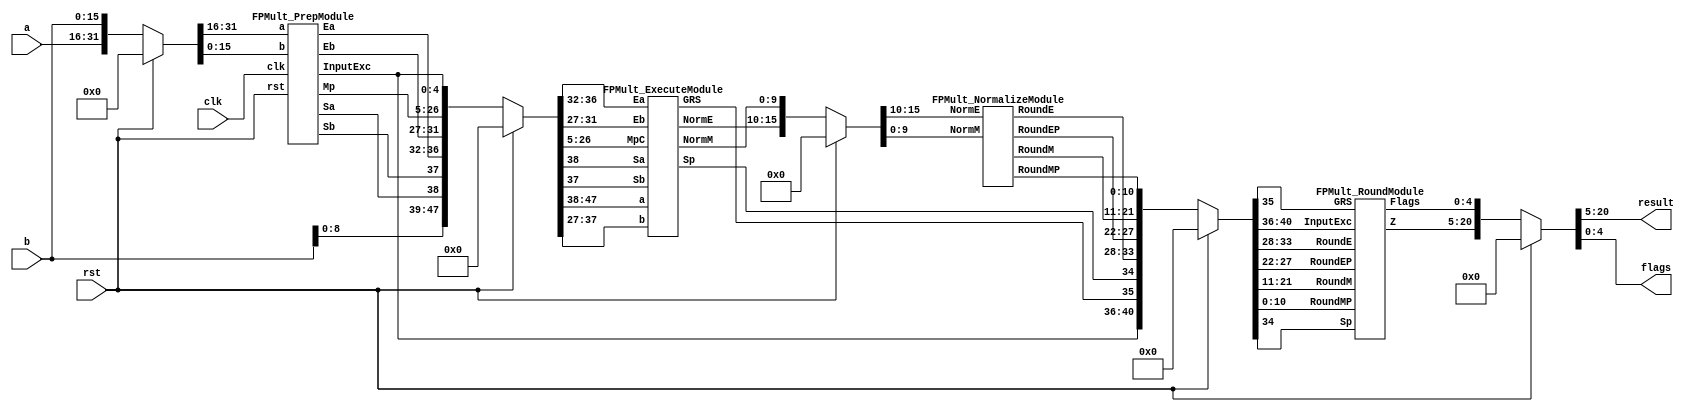
`define EXPONENT 5
`define MANTISSA 10
`define ACTUAL_MANTISSA 11
`define EXPONENT_LSB 10
`define EXPONENT_MSB 14
`define MANTISSA_LSB 0
`define MANTISSA_MSB 9
`define MANTISSA_MUL_SPLIT_LSB 3
`define MANTISSA_MUL_SPLIT_MSB 9
`define SIGN 1
`define SIGN_LOC 15
`define DWIDTH (`SIGN+`EXPONENT+`MANTISSA)
`define IEEE_COMPLIANCE 1

module FPMult_16(
		clk,
		rst,
		a,
		b,
		result,
		flags
    );
	
	// Input Ports
	input clk ;							// Clock
	input rst ;							// Reset signal
	input [`DWIDTH-1:0] a;					// Input A, a 32-bit floating point number
	input [`DWIDTH-1:0] b;					// Input B, a 32-bit floating point number
	
	// Output ports
	output [`DWIDTH-1:0] result ;					// Product, result of the operation, 32-bit FP number
	output [4:0] flags ;				// Flags indicating exceptions according to IEEE754
	
	// Internal signals
	wire [31:0] Z_int ;				// Product, result of the operation, 32-bit FP number
	wire [4:0] Flags_int ;			// Flags indicating exceptions according to IEEE754
	
	wire Sa ;							// A's sign
	wire Sb ;							// B's sign
	wire Sp ;							// Product sign
	wire [`EXPONENT-1:0] Ea ;					// A's exponent
	wire [`EXPONENT-1:0] Eb ;					// B's exponent
	wire [2*`MANTISSA+1:0] Mp ;					// Product mantissa
	wire [4:0] InputExc ;			// Exceptions in inputs
	wire [`MANTISSA-1:0] NormM ;				// Normalized mantissa
	wire [`EXPONENT:0] NormE ;				// Normalized exponent
	wire [`MANTISSA:0] RoundM ;				// Normalized mantissa
	wire [`EXPONENT:0] RoundE ;				// Normalized exponent
	wire [`MANTISSA:0] RoundMP ;				// Normalized mantissa
	wire [`EXPONENT:0] RoundEP ;				// Normalized exponent
	wire GRS ;

	//reg [63:0] pipe_0;			// Pipeline register Input->Prep
	reg [2*`DWIDTH-1:0] pipe_0;			// Pipeline register Input->Prep

	//reg [92:0] pipe_1;			// Pipeline register Prep->Execute
	reg [3*`MANTISSA+2*`EXPONENT+7:0] pipe_1;			// Pipeline register Prep->Execute

	//reg [38:0] pipe_2;			// Pipeline register Execute->Normalize
	reg [`MANTISSA+`EXPONENT+7:0] pipe_2;			// Pipeline register Execute->Normalize
	
	//reg [72:0] pipe_3;			// Pipeline register Normalize->Round
	reg [2*`MANTISSA+2*`EXPONENT+10:0] pipe_3;			// Pipeline register Normalize->Round

	//reg [36:0] pipe_4;			// Pipeline register Round->Output
	reg [`DWIDTH+4:0] pipe_4;			// Pipeline register Round->Output
	
	assign result = pipe_4[`DWIDTH+4:5] ;
	assign flags = pipe_4[4:0] ;
	
	// Prepare the operands for alignment and check for exceptions
	FPMult_PrepModule PrepModule(clk, rst, pipe_0[2*`DWIDTH-1:`DWIDTH], pipe_0[`DWIDTH-1:0], Sa, Sb, Ea[`EXPONENT-1:0], Eb[`EXPONENT-1:0], Mp[2*`MANTISSA+1:0], InputExc[4:0]) ;

	// Perform (unsigned) mantissa multiplication
	FPMult_ExecuteModule ExecuteModule(pipe_1[3*`MANTISSA+`EXPONENT*2+7:2*`MANTISSA+2*`EXPONENT+8], pipe_1[2*`MANTISSA+2*`EXPONENT+7:2*`MANTISSA+7], pipe_1[2*`MANTISSA+6:5], pipe_1[2*`MANTISSA+2*`EXPONENT+6:2*`MANTISSA+`EXPONENT+7], pipe_1[2*`MANTISSA+`EXPONENT+6:2*`MANTISSA+7], pipe_1[2*`MANTISSA+2*`EXPONENT+8], pipe_1[2*`MANTISSA+2*`EXPONENT+7], Sp, NormE[`EXPONENT:0], NormM[`MANTISSA-1:0], GRS) ;

	// Round result and if necessary, perform a second (post-rounding) normalization step
	FPMult_NormalizeModule NormalizeModule(pipe_2[`MANTISSA-1:0], pipe_2[`MANTISSA+`EXPONENT:`MANTISSA], RoundE[`EXPONENT:0], RoundEP[`EXPONENT:0], RoundM[`MANTISSA:0], RoundMP[`MANTISSA:0]) ;		

	// Round result and if necessary, perform a second (post-rounding) normalization step
	//FPMult_RoundModule RoundModule(pipe_3[47:24], pipe_3[23:0], pipe_3[65:57], pipe_3[56:48], pipe_3[66], pipe_3[67], pipe_3[72:68], Z_int[31:0], Flags_int[4:0]) ;		
	FPMult_RoundModule RoundModule(pipe_3[2*`MANTISSA+1:`MANTISSA+1], pipe_3[`MANTISSA:0], pipe_3[2*`MANTISSA+2*`EXPONENT+3:2*`MANTISSA+`EXPONENT+3], pipe_3[2*`MANTISSA+`EXPONENT+2:2*`MANTISSA+2], pipe_3[2*`MANTISSA+2*`EXPONENT+4], pipe_3[2*`MANTISSA+2*`EXPONENT+5], pipe_3[2*`MANTISSA+2*`EXPONENT+10:2*`MANTISSA+2*`EXPONENT+6], Z_int[`DWIDTH-1:0], Flags_int[4:0]) ;		

	always @ (*) begin	
		if(rst) begin
			pipe_0 = 0;
			pipe_1 = 0;
			pipe_2 = 0; 
			pipe_3 = 0;
			pipe_4 = 0;
		end 
		else begin		
			/* PIPE 0
				[63:32] A
				[31:0] B
			*/
      pipe_0 = {a, b} ;

			/* PIPE 1
				[70] Sa
				[69] Sb
				[68:61] Ea
				[60:53] Eb
				[52:5] Mp
				[4:0] InputExc
			*/
			//pipe_1 <= {pipe_0[`DWIDTH+`MANTISSA-1:`DWIDTH], pipe_0[`MANTISSA_MUL_SPLIT_LSB-1:0], Sa, Sb, Ea[`EXPONENT-1:0], Eb[`EXPONENT-1:0], Mp[2*`MANTISSA-1:0], InputExc[4:0]} ;
			pipe_1 = {pipe_0[`DWIDTH+`MANTISSA-1:`DWIDTH], pipe_0[8:0], Sa, Sb, Ea[`EXPONENT-1:0], Eb[`EXPONENT-1:0], Mp[2*`MANTISSA+1:0], InputExc[4:0]} ;
			/* PIPE 2
				[38:34] InputExc
				[33] GRS
				[32] Sp
				[31:23] NormE
				[22:0] NormM
			*/
			pipe_2 = {pipe_1[4:0], GRS, Sp, NormE[`EXPONENT:0], NormM[`MANTISSA-1:0]} ;
			/* PIPE 3
				[72:68] InputExc
				[67] GRS
				[66] Sp	
				[65:57] RoundE
				[56:48] RoundEP
				[47:24] RoundM
				[23:0] RoundMP
			*/
			pipe_3 = {pipe_2[`EXPONENT+`MANTISSA+7:`EXPONENT+`MANTISSA+1], RoundE[`EXPONENT:0], RoundEP[`EXPONENT:0], RoundM[`MANTISSA:0], RoundMP[`MANTISSA:0]} ;
			/* PIPE 4
				[36:5] Z
				[4:0] Flags
			*/				
			pipe_4 = {Z_int[`DWIDTH-1:0], Flags_int[4:0]} ;
		end
	end
		
endmodule
module FPMult_RoundModule(
		RoundM,
		RoundMP,
		RoundE,
		RoundEP,
		Sp,
		GRS,
		InputExc,
		Z,
		Flags
    );

	// Input Ports
	input [`MANTISSA:0] RoundM ;									// Normalized mantissa
	input [`MANTISSA:0] RoundMP ;									// Normalized exponent
	input [`EXPONENT:0] RoundE ;									// Normalized mantissa + 1
	input [`EXPONENT:0] RoundEP ;									// Normalized exponent + 1
	input Sp ;												// Product sign
	input GRS ;
	input [4:0] InputExc ;
	
	// Output Ports
	output [`DWIDTH-1:0] Z ;										// Final product
	output [4:0] Flags ;
	
	// Internal Signals
	wire [`EXPONENT:0] FinalE ;									// Rounded exponent
	wire [`MANTISSA:0] FinalM;
	wire [`MANTISSA:0] PreShiftM;
	
	assign PreShiftM = GRS ? RoundMP : RoundM ;	// Round up if R and (G or S)
	
	// Post rounding normalization (potential one bit shift> use shifted mantissa if there is overflow)
	assign FinalM = (PreShiftM[`MANTISSA] ? {1'b0, PreShiftM[`MANTISSA:1]} : PreShiftM[`MANTISSA:0]) ;
	
	assign FinalE = (PreShiftM[`MANTISSA] ? RoundEP : RoundE) ; // Increment exponent if a shift was done
	
	assign Z = {Sp, FinalE[`EXPONENT-1:0], FinalM[`MANTISSA-1:0]} ;   // Putting the pieces together
	assign Flags = InputExc[4:0];

endmodule
module FPMult_NormalizeModule(
		NormM,
		NormE,
		RoundE,
		RoundEP,
		RoundM,
		RoundMP
    );

	// Input Ports
	input [`MANTISSA-1:0] NormM ;									// Normalized mantissa
	input [`EXPONENT:0] NormE ;									// Normalized exponent

	// Output Ports
	output [`EXPONENT:0] RoundE ;
	output [`EXPONENT:0] RoundEP ;
	output [`MANTISSA:0] RoundM ;
	output [`MANTISSA:0] RoundMP ; 
	
	assign RoundE = NormE - 15 ;
	assign RoundEP = NormE - 14 ;
	assign RoundM = NormM ;
	assign RoundMP = NormM ;

endmodule
module FPMult_ExecuteModule(
		a,
		b,
		MpC,
		Ea,
		Eb,
		Sa,
		Sb,
		Sp,
		NormE,
		NormM,
		GRS
    );

	// Input ports
	input [`MANTISSA-1:0] a ;
	input [2*`EXPONENT:0] b ;
	input [2*`MANTISSA+1:0] MpC ;
	input [`EXPONENT-1:0] Ea ;						// A's exponent
	input [`EXPONENT-1:0] Eb ;						// B's exponent
	input Sa ;								// A's sign
	input Sb ;								// B's sign
	
	// Output ports
	output Sp ;								// Product sign
	output [`EXPONENT:0] NormE ;													// Normalized exponent
	output [`MANTISSA-1:0] NormM ;												// Normalized mantissa
	output GRS ;
	
	wire [2*`MANTISSA+1:0] Mp ;
	
	assign Sp = (Sa ^ Sb) ;												// Equal signs give a positive product
	
   // wire [`ACTUAL_MANTISSA-1:0] inp_a;
   // wire [`ACTUAL_MANTISSA-1:0] inp_b;
   // assign inp_a = {1'b1, a};
   // assign inp_b = {{(`MANTISSA-`MANTISSA_MUL_SPLIT_LSB){1'b0}}, 1'b0, b};
   // DW02_mult #(`ACTUAL_MANTISSA,`ACTUAL_MANTISSA) u_mult(.A(inp_a), .B(inp_b), .TC(1'b0), .PRODUCT(Mp_temp));
   // DW01_add #(2*`ACTUAL_MANTISSA) u_add(.A(Mp_temp), .B(MpC<<`MANTISSA_MUL_SPLIT_LSB), .CI(1'b0), .SUM(Mp), .CO());

	//assign Mp = (MpC<<(2*`EXPONENT+1)) + ({4'b0001, a[`MANTISSA-1:0]}*{1'b0, b[2*`EXPONENT:0]}) ;
	assign Mp = MpC;


	assign NormM = (Mp[2*`MANTISSA+1] ? Mp[2*`MANTISSA:`MANTISSA+1] : Mp[2*`MANTISSA-1:`MANTISSA]); 	// Check for overflow
	assign NormE = (Ea + Eb + Mp[2*`MANTISSA+1]);								// If so, increment exponent
	
	assign GRS = ((Mp[`MANTISSA]&(Mp[`MANTISSA+1]))|(|Mp[`MANTISSA-1:0])) ;
	
endmodule
module FPMult_PrepModule (
		clk,
		rst,
		a,
		b,
		Sa,
		Sb,
		Ea,
		Eb,
		Mp,
		InputExc
	);
	
	// Input ports
	input clk ;
	input rst ;
	input [`DWIDTH-1:0] a ;								// Input A, a 32-bit floating point number
	input [`DWIDTH-1:0] b ;								// Input B, a 32-bit floating point number
	
	// Output ports
	output Sa ;										// A's sign
	output Sb ;										// B's sign
	output [`EXPONENT-1:0] Ea ;								// A's exponent
	output [`EXPONENT-1:0] Eb ;								// B's exponent
	output [2*`MANTISSA+1:0] Mp ;							// Mantissa product
	output [4:0] InputExc ;						// Input numbers are exceptions
	
	// Internal signals							// If signal is high...
	wire ANaN ;										// A is a signalling NaN
	wire BNaN ;										// B is a signalling NaN
	wire AInf ;										// A is infinity
	wire BInf ;										// B is infinity
    wire [`MANTISSA-1:0] Ma;
    wire [`MANTISSA-1:0] Mb;
	
	assign ANaN = &(a[`DWIDTH-2:`MANTISSA]) &  |(a[`DWIDTH-2:`MANTISSA]) ;			// All one exponent and not all zero mantissa - NaN
	assign BNaN = &(b[`DWIDTH-2:`MANTISSA]) &  |(b[`MANTISSA-1:0]);			// All one exponent and not all zero mantissa - NaN
	assign AInf = &(a[`DWIDTH-2:`MANTISSA]) & ~|(a[`DWIDTH-2:`MANTISSA]) ;		// All one exponent and all zero mantissa - Infinity
	assign BInf = &(b[`DWIDTH-2:`MANTISSA]) & ~|(b[`DWIDTH-2:`MANTISSA]) ;		// All one exponent and all zero mantissa - Infinity
	
	// Check for any exceptions and put all flags into exception vector
	assign InputExc = {(ANaN | BNaN | AInf | BInf), ANaN, BNaN, AInf, BInf} ;
	//assign InputExc = {(ANaN | ANaN | BNaN |BNaN), ANaN, ANaN, BNaN,BNaN} ;
	
	// Take input numbers apart
	assign Sa = a[`DWIDTH-1] ;							// A's sign
	assign Sb = b[`DWIDTH-1] ;							// B's sign
	assign Ea = a[`DWIDTH-2:`MANTISSA];						// Store A's exponent in Ea, unless A is an exception
	assign Eb = b[`DWIDTH-2:`MANTISSA];						// Store B's exponent in Eb, unless B is an exception	
//    assign Ma = a[`MANTISSA_MSB:`MANTISSA_LSB];
  //  assign Mb = b[`MANTISSA_MSB:`MANTISSA_LSB];
	


	//assign Mp = ({4'b0001, a[`MANTISSA-1:0]}*{4'b0001, b[`MANTISSA-1:9]}) ;
	assign Mp = ({1'b1,a[`MANTISSA-1:0]}*{1'b1, b[`MANTISSA-1:0]}) ;

	
    //We multiply part of the mantissa here
    //Full mantissa of A
    //Bits MANTISSA_MUL_SPLIT_MSB:MANTISSA_MUL_SPLIT_LSB of B
   // wire [`ACTUAL_MANTISSA-1:0] inp_A;
   // wire [`ACTUAL_MANTISSA-1:0] inp_B;
   // assign inp_A = {1'b1, Ma};
   // assign inp_B = {{(`MANTISSA-(`MANTISSA_MUL_SPLIT_MSB-`MANTISSA_MUL_SPLIT_LSB+1)){1'b0}}, 1'b1, Mb[`MANTISSA_MUL_SPLIT_MSB:`MANTISSA_MUL_SPLIT_LSB]};
   // DW02_mult #(`ACTUAL_MANTISSA,`ACTUAL_MANTISSA) u_mult(.A(inp_A), .B(inp_B), .TC(1'b0), .PRODUCT(Mp));
endmodule